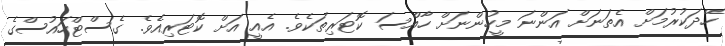
ހޭދަކުރުމަށް އެތަނަށް އަންނަ މީހުންނަށް ހާއްސަ ކޮޓަރިތަކެވެ. އެއީ އަށް ކޮޓަރިއެވެ. ގެސްޓްހައުސްގެ